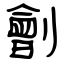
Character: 劊